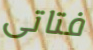
فتاتى